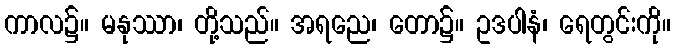
ကာလ၌။ မနုဿာ၊ တို့သည်။ အရညေ၊ တော၌။ ဥဒပါနံ၊ ရေတွင်းကို။